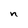
Character: n